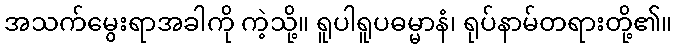
အသက်မွေးရာအခါကို ကဲ့သို့။ ရူပါရူပဓမ္မာနံ၊ ရုပ်နာမ်တရားတို့၏။